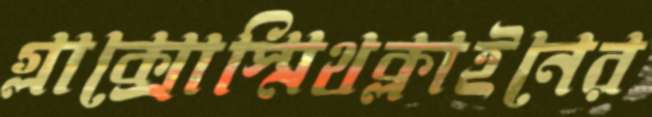
গ্লাক্সোস্মিথক্লাইনের